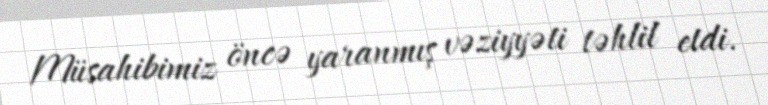
Müsahibimiz öncə yaranmış vəziyyəti təhlil etdi.